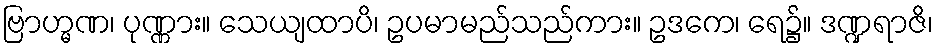
ဗြာဟ္မဏ၊ ပုဏ္ဏား။ သေယျထာပိ၊ ဥပမာမည်သည်ကား။ ဥဒကေ၊ ရေ၌။ ဒဏ္ဍရာဇိ၊